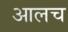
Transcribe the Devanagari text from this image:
आलच